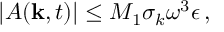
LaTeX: | A ( { \bf k } , t ) | \le M _ { 1 } \sigma _ { k } \omega ^ { 3 } \epsilon \, ,